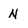
Character: N